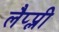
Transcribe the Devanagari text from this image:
लैप्प्ली